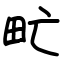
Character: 甿